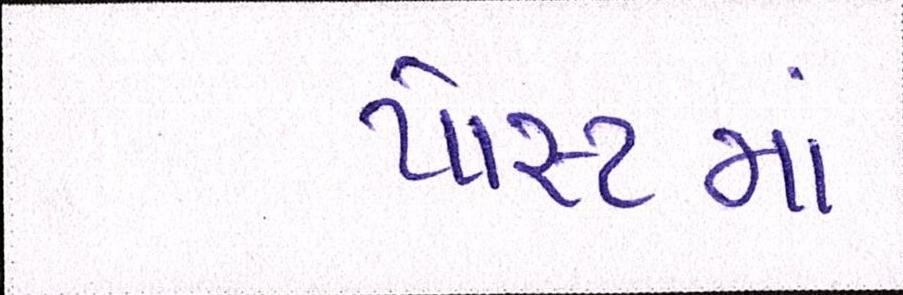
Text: પોસ્ટમાં